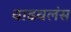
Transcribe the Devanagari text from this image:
वाढवलंस